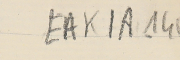
EAK1A-140